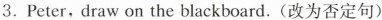
3.Peter, draw on the blackboard.(改为否定句)